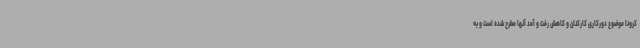
کرونا موضوع دورکاری کارکنان و کاهش رفت و آمد آنها مطرح شده است و به